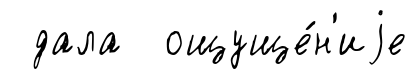
дала ощуще́н'иjе